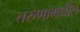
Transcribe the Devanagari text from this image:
तरुणामधील